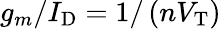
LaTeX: g_{m}/I_{\mathrm{D}}=1/\left(nV_{\mathrm{T}}\right)